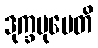
ဒုက္ခမုပေတိ